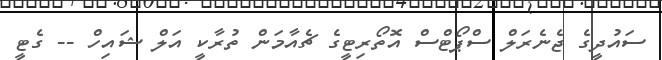
ސައުދީގެ ޖެނެރަލް ސްޕޯޓްސް އޮތޯރިޓީގެ ޗެއާމަން ތުރާކީ އަލް ޝައިހް -- ގެޓީ